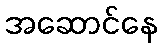
အဆောင်နေ